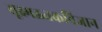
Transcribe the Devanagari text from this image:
सूक्ष्मऊतकविज्ञान